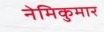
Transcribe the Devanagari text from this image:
नेमिकुमार